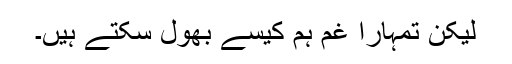
لیکن تمہارا غم ہم کیسے بھول سکتے ہیں۔